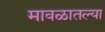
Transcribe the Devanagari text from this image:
मावळातल्या